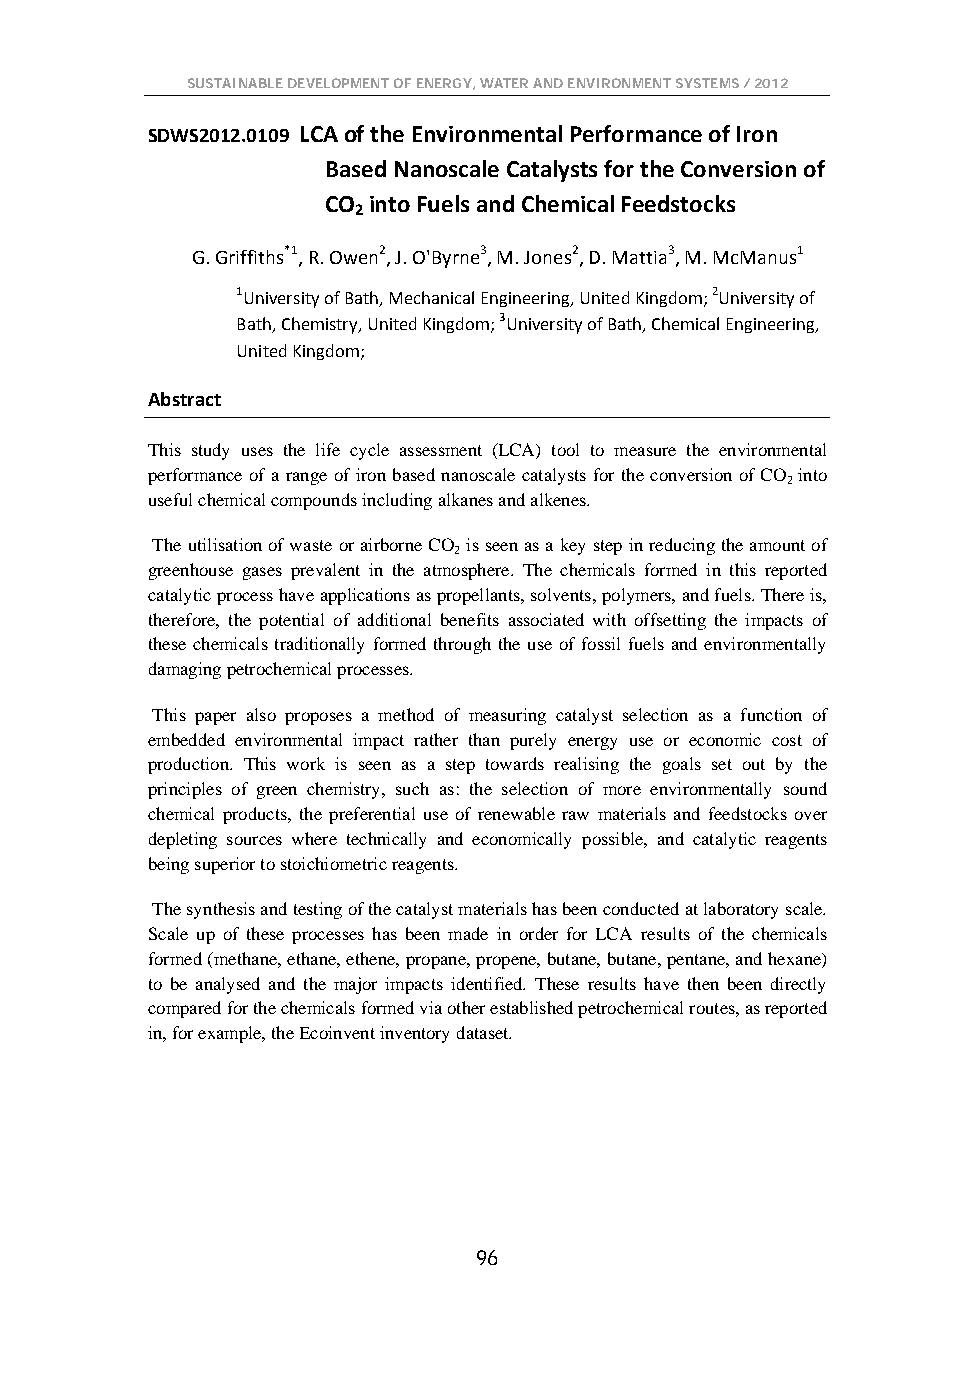
SUSTAINABLE DEVELOPMENT OF ENERGY, WATER AND ENVIRONMENT SYSTEMS / 2012
 SDWS2012.0109 LCA of the Environmental Performance of Iron
 Based Nanoscale Catalysts for the Conversion of
 CO into Fuels and Chemical Feedstocks
 2
 G. Griffiths*1, R. Owen2, J. O'Byrne3, M. Jones2, D. Mattia3, M. McManus1
 1University of Bath, Mechanical Engineering, United Kingdom; 2University of
 Bath, Chemistry, United Kingdom; 3University of Bath, Chemical Engineering,
 United Kingdom;
 Abstract
 This study uses the life cycle assessment (LCA) tool to measure the environmental
 performance of a range of iron based nanoscale catalysts for the conversion of CO into
 2
 useful chemical compounds including alkanes and alkenes.
 The utilisation of waste or airborne CO is seen as a key step in reducing the amount of
 2
 greenhouse gases prevalent in the atmosphere. The chemicals formed in this reported
 catalytic process have applications as propellants, solvents, polymers, and fuels. There is,
 therefore, the potential of additional benefits associated with offsetting the impacts of
 these chemicals traditionally formed through the use of fossil fuels and environmentally
 damaging petrochemical processes.
 This paper also proposes a method of measuring catalyst selection as a function of
 embedded environmental impact rather than purely energy use or economic cost of
 production. This work is seen as a step towards realising the goals set out by the
 principles of green chemistry, such as: the selection of more environmentally sound
 chemical products, the preferential use of renewable raw materials and feedstocks over
 depleting sources where technically and economically possible, and catalytic reagents
 being superior to stoichiometric reagents.
 The synthesis and testing of the catalyst materials has been conducted at laboratory scale.
 Scale up of these processes has been made in order for LCA results of the chemicals
 formed (methane, ethane, ethene, propane, propene, butane, butane, pentane, and hexane)
 to be analysed and the major impacts identified. These results have then been directly
 compared for the chemicals formed via other established petrochemical routes, as reported
 in, for example, the Ecoinvent inventory dataset.
 96